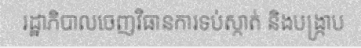
រដ្ឋាភិបាលចេញវិធានការទប់ស្កាត់ និងបង្ក្រាប